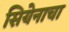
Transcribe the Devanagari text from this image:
सियेनाचा